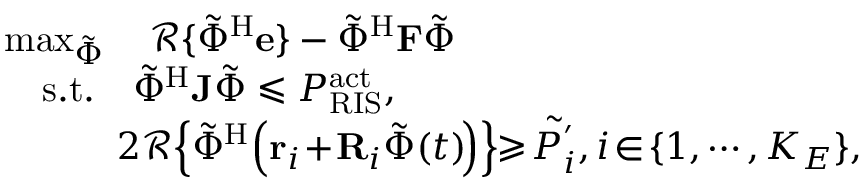
\begin{array} { r l r } & { \operatorname* { m a x } _ { { \tilde { { \Phi } } } } \quad { \mathcal { R } } \{ { \tilde { { \Phi } } } ^ { \mathrm H } { \bf e } \} - \tilde { { \Phi } } ^ { \mathrm H } { \mathbf { F } } \tilde { { \Phi } } } & \\ & { \quad \mathrm { s . t . } \quad { { \tilde { { \Phi } } } } ^ { \mathrm H } { \mathbf { J } } { { \tilde { { \Phi } } } } \leqslant P _ { \mathrm { R I S } } ^ { \mathrm { a c t } } , } \\ & { \quad \quad \quad 2 { \mathcal { R } } \! \left\{ { \tilde { \Phi } } ^ { \mathrm H } \! \left( { \bf r } _ { i } \! + \! { \mathbf { R } } _ { i } { \tilde { \Phi } } ( t ) \! \right) \right\} \! \! \geqslant \! \tilde { P _ { { i } } ^ { ' } } , i \! \in \! \{ 1 , \cdots , K _ { E } \} , } \end{array}